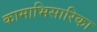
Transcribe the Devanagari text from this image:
कामाभिसारिका